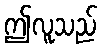
ဤလူသည်